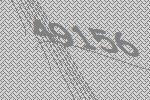
49156